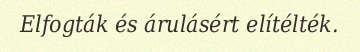
Elfogták és árulásért elítélték.